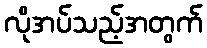
လိုအပ်သည့်အတွက်